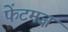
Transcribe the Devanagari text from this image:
फेंटमज़